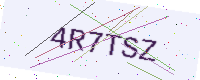
Text: 4R7TSZ